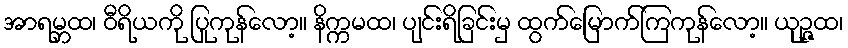
အာရမ္ဘထ၊ ဝီရိယကို ပြုကုန်လော့။ နိက္ကမထ၊ ပျင်းရိခြင်းမှ ထွက်မြောက်ကြကုန်လော့။ ယုဉ္ဇထ၊